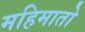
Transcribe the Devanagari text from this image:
महिमातो